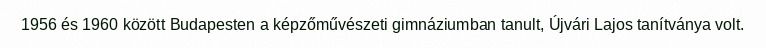
1956 és 1960 között Budapesten a képzőművészeti gimnáziumban tanult, Újvári Lajos tanítványa volt.